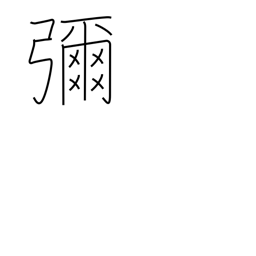
Meaning: extensive